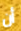
أن